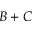
B + C